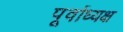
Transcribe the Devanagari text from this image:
पूर्वाध्यक्ष